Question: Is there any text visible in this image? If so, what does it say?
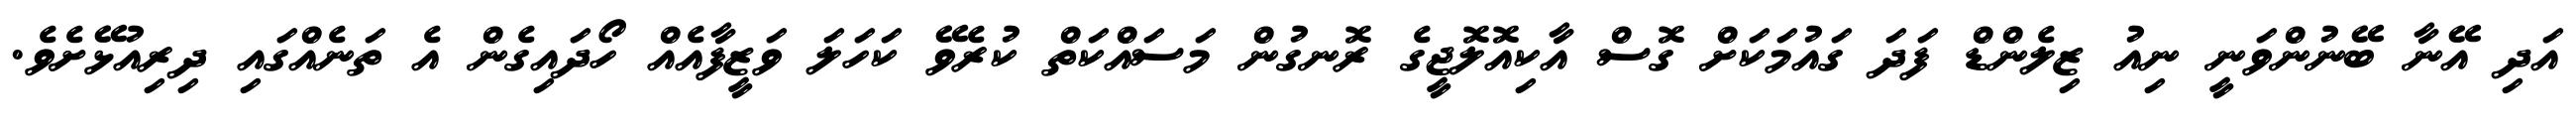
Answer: އަދި އޭނާ ބޭނުންވަނީ ނިއު ޒިލެންޑް ފަދަ ގައުމަކަށް ގޮސް އާކިއޮލޮޖީގެ ރޮނގުން މަސައްކަތް ކުރެވޭ ކަހަލަ ވަޒީފާއެއް ހޯދައިގެން އެ ތަނެއްގައި ދިރިއުޅޭށެވެ.